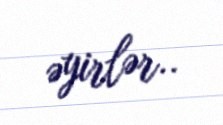
əyirlər..